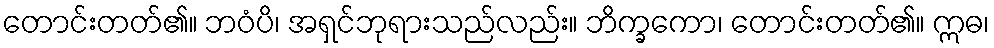
တောင်းတတ်၏။ ဘဝံပိ၊ အရှင်ဘုရားသည်လည်း။ ဘိက္ခကော၊ တောင်းတတ်၏။ ဣဓ၊